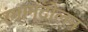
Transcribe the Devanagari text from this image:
रंगान्दोलन